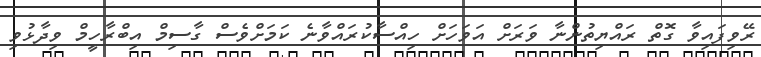
ރޭވިފައިވާ ގޮތް ރައްޔިތުންނާ ވަރަށް އަވަހަށް ހިއްސާކުރައްވާނެ ކަމަށްވެސް ގާސިމް އިބްރާހީމް ވިދާޅުވި